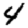
Digit: 4